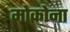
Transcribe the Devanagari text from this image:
मोकोना